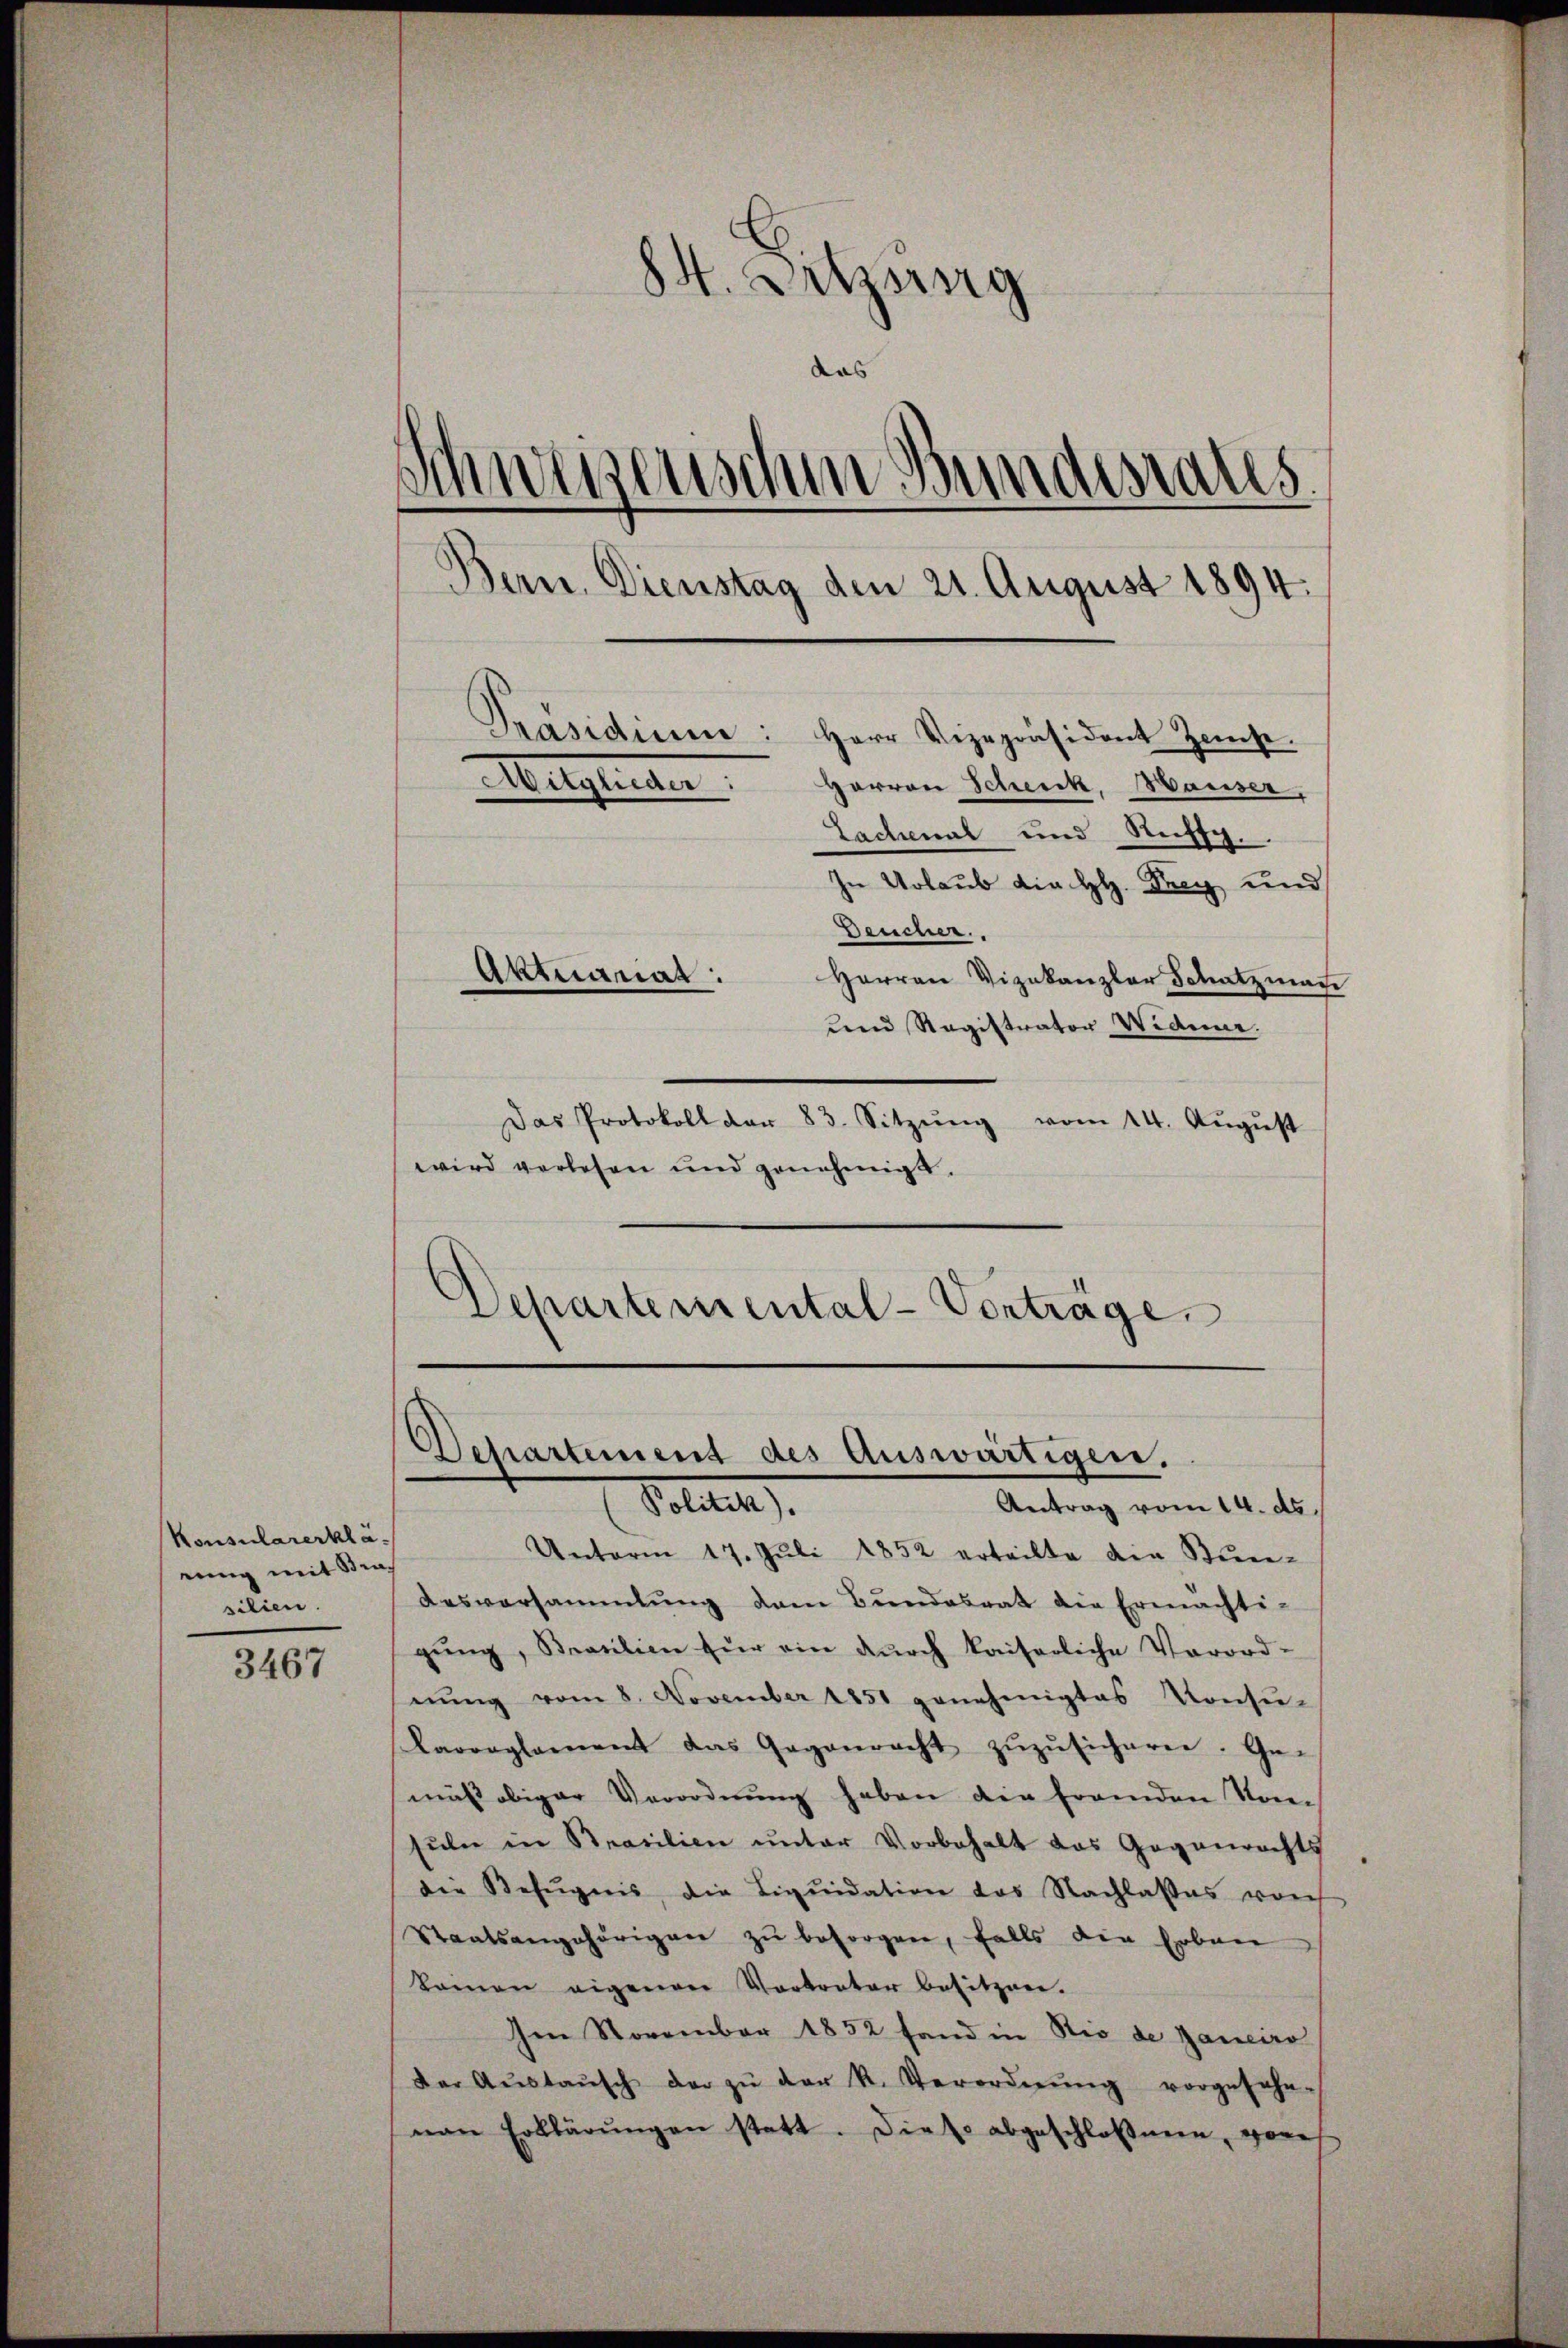
Konsularerkläeung mit Bra
silien.

3467

84. Litzing
Schwegenschen Bundesaus
.
Bern. Dienstag den 21. August 1894.
Präsidium: Herr Vizepräsident Zinse.
Mitglieder:
Harron Scheick, Hauser,
Lachenal und Nachsch

In Urlaub die HH. Drey und
Deucher.
Aktuariat:
Herren Vizekanzler Schatzman
und Registrator Widene.
Das Protokoll dar 83. Sitzŭng vom 14. Aŭgŭst
wird verlesen und genehmigt.
Departemental-Vorträge.

das

Departement des Auswärtigen.
Solten
Antrag vom 14. ds.

Unterm 17. Jŭli 1852 erteilte den Stun-
Ausversammlung dem Bundesrat die Ermächti-
gŭng, Brasilien für ein dŭrch kaiserliche Verord-
nŭng vom 8. November 1851 genehmigtes Konsu-
karorplament das Gegenwacht zŭzŭsicheren. Ge-
mäß obiger Verordnŭng haben die fremden Kon-
sŭle in Brasilien unter Vorbehalt das Gegenrechts
die Befugnis die Liqŭidation das Nachlasses vorh
Staatsangehörigen zu besorgen, falls die Erben
keinen eigenen Vortreter besitzen.
Im November 1832 fand in Rio de Janeiro
der Aŭstaŭsch der zŭ der R. Verordnŭng vorgefahn-
nen Erklärŭngen statt. Diese abgeschlossnen, vores